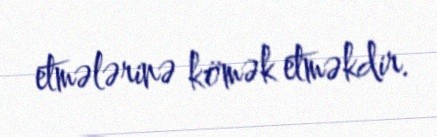
etmələrinə kömək etməkdir.